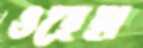
ওহেহা